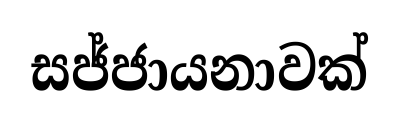
සජ්ජායනාවක්